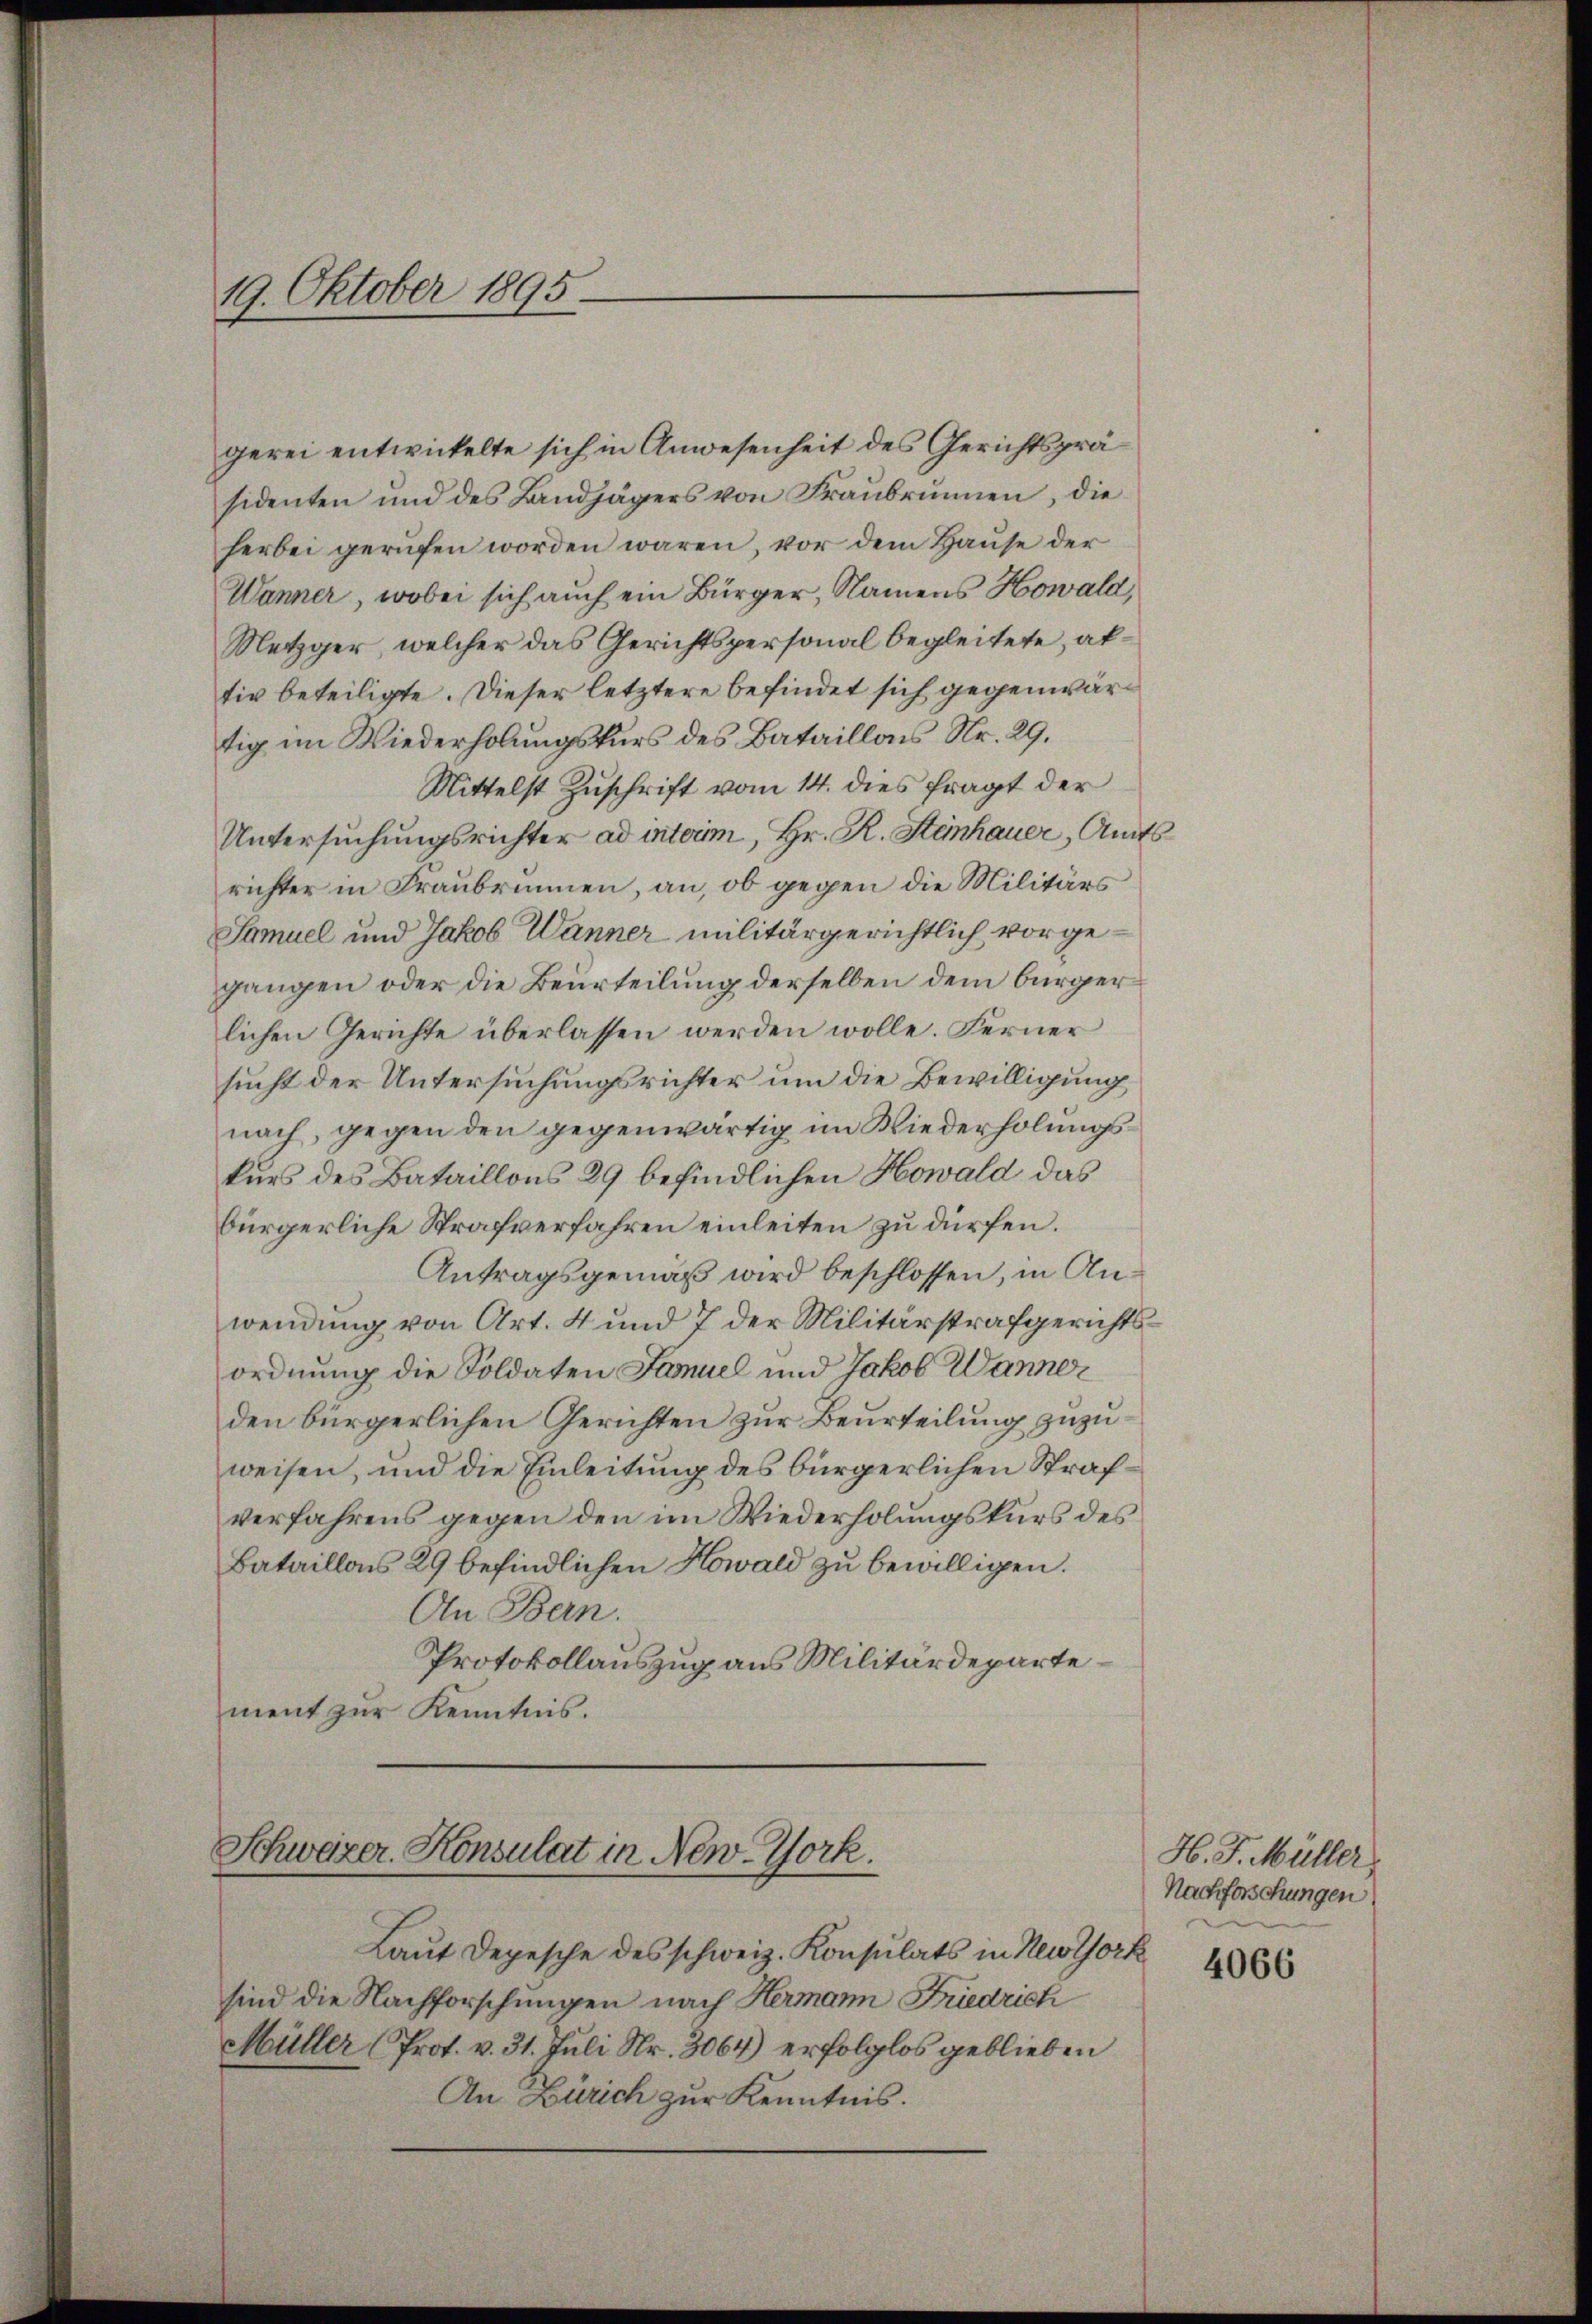
19. Oktober 1895.

gerei entwickelte sich in Anwesenheit des Gerichtspräsidenten und des Landjägers von Fraŭbrunnen, die
herbei gerufen worden wären, vor dem Hause der
Wanner, wobei sich auch ein Bürger, Namens Howald,
Metzger, welcher das Gerichtspersonal begleitete, abtiv beteiligte. Dieser letztere befindet sich gegenwärtig im Wiederholungskurs des Bataillons Nr. 29.
Mittelst Zuschrift vom 14. dies fragt der
Untersuchungsrichter ad interim, Hr. R. Steinhauer, Amts
richter in Fraubrunnen, an, ob gegen die Militärs
Samuel und Jakob Wanner militärgerichtlich vorgegangen oder die Beurteilung derselben dem bürgerlichen Gerichte überlassen werden wolle. Ferner
sucht der Untersuchungsrichter um die Bewilligung
nach, gegen den gegenwärtig im Wiederholungskurs des Bataillons 29 befindlichen Howald das
bürgerliche Strafverfahren einleiten zu dürfen.
Antragsgemäß wird beschlossen, in Anwendung von Art. 4 und 7 der Militärstrafgerichtsordnung die Soldaten Samuel und Jakob Wanne
den bürgerlichen Gerichten zur Beurteilung zuzuweisen, und die Einleitung des bürgerlichen Strafverfahrens gegen den im Wiederholungskurs des
Bataillons 29 befindlichen Kowald zu bewilligen.
An Bern.
Protokollauszug aus Militärdeparte
ment zur Kenntnis.
Schweizer. Konsulat in New-York.
Laut Depesche des schweiz. Konsulats in Newtork
sind die Nachforschungen nach Hermann Friedrich
Müller (Prot. v. 31. Juli Nr. 3064) erfolglos geblieben
An Zürich zur Kenntnis.

H. J. Müller
Nachforschungen

4066